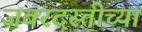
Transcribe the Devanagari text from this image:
जबरदस्तीच्या